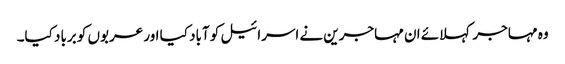
وہ مہاجر کہلائے ان مہاجرین نے اسرائیل کو آباد کیا اور عربوں کو برباد کیا۔